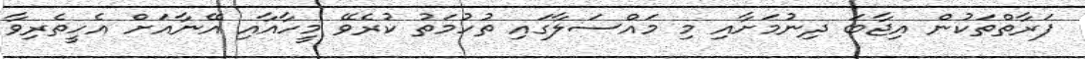
ފަރާތްތަކުން އިޖާބަ ދިނުމަށާއި މި މައްސަލާގައި ތުހުމަތު ކުރެވޭ މީހާއާއި އޭނާއަށް އެހީތެރިވާ